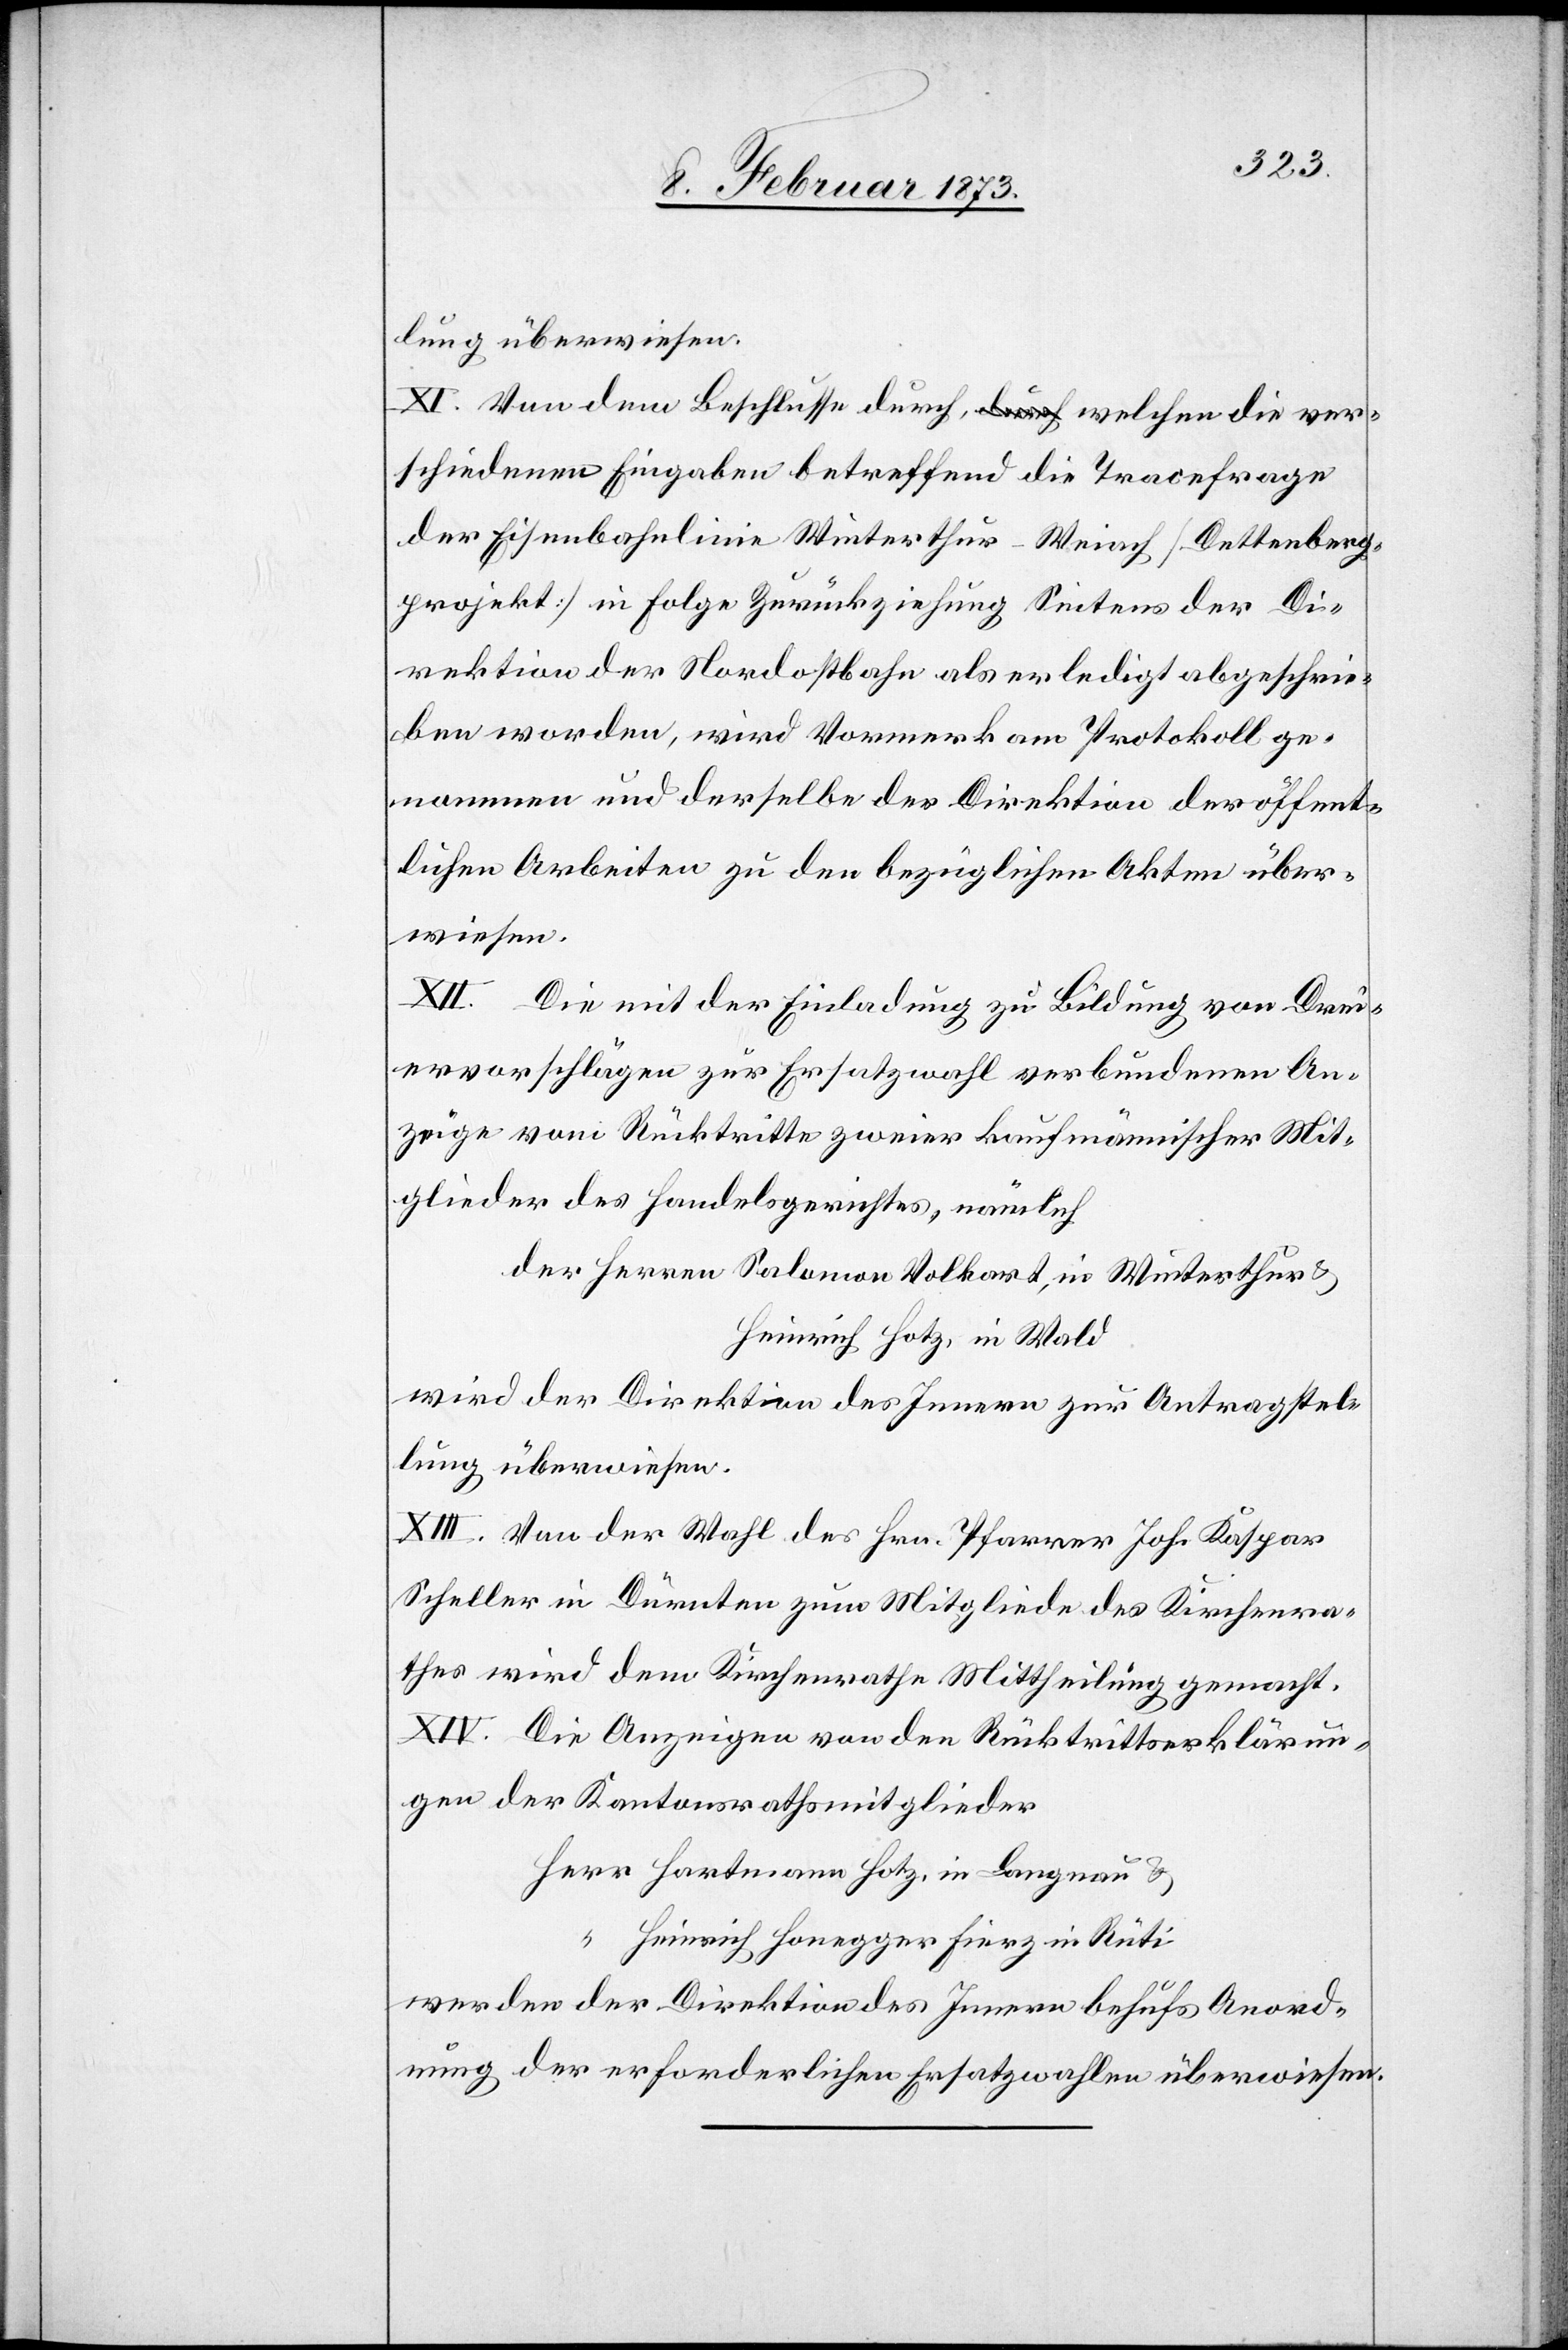
lung überwiesen.
XI. Von dem Beschlusse[,] durch welchen die ver¬
schiedenen Eingaben betreffend die Tracefrage
der Eisenbahnlinie Winterthur–Weiach [Dettenberg¬
projekt] in Folge Zurückziehung Seitens der Di¬
rektion der Nordostbahn als erledigt abgeschrie¬
ben worden, wird Vormerk am Protokoll ge¬
nommen und derselbe der Direktion der öffent¬
lichen Arbeiten zu den bezüglichen Akten über¬
wiesen.
XII. Die mit der Einladung zu Bildung von Drei¬
ervorschlägen zur Ersatzwahl verbundenen An¬
züge vom Rücktritte zweier kaufmännischer Mit¬
glieder des Handelsgerichtes, nämlich
der Herren Salamon Volkart, in Winterthur u.
Heinrich Hotz, in Wald
wird der Direktion des Innern zur Antragstel¬
lung überwiesen.
XIII. Von der Wahl des Hrn. Pfarrer Joh. Kaspar
Scheller in Dürnten zum Mitgliede des Kirchenra¬
thes wird dem Kirchenrathe Mittheilung gemacht.
XIV. Die Anzeige von den Rücktrittserklärun¬
gen der Kantonsrathsmitgleider
Herr Hartmann Hotz, in Langnau u.
“ Heinrich Honegger Fierz in Rüti
werden der Direktion des Innern behufs Anord¬
nung der erforderlichen Ersatzwahlen überwiesen.